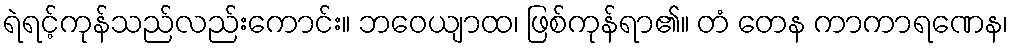
ရဲရင့်ကုန်သည်လည်းကောင်း။ ဘဝေယျာထ၊ ဖြစ်ကုန်ရာ၏။ တံ တေန ကာကာရဏေန၊